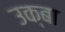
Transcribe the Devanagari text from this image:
उक्बा